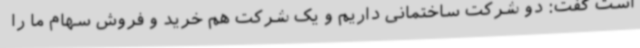
است گفت: دو شرکت ساختمانی داریم و یک شرکت هم خرید و فروش سهام ما را